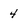
Character: 4